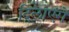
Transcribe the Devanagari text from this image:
दिलाएंगे